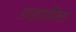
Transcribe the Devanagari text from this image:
डाइएमिल